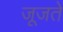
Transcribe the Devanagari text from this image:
जूजते